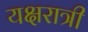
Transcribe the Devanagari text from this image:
यक्षरात्री